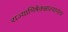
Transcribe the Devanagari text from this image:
राज्याभिषेकझाल्यानंतर